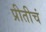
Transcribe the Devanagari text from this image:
प्रीतीचं